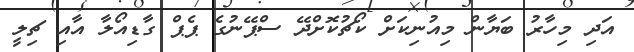
އަދި މިހާރު ބަޔާން މިއުނިކަށް ކޯޗުކޮށްދޭ ސްޕޭނުގެ ޕެޕް ގާޑިއޯލާ އާއި ޗިލީ